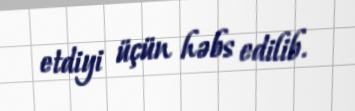
etdiyi üçün həbs edilib.